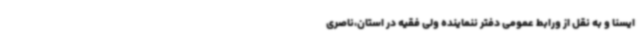
ایسنا و به نقل از ورابط عمومی دفتر ننماینده ولی فقیه در استان،ناصری